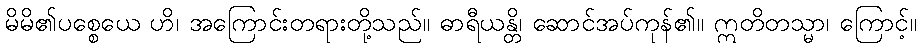
မိမိ၏ပစ္စေယေ ဟိ၊ အကြောင်းတရားတို့သည်။ ဓာရီယန္တိ၊ ဆောင်အပ်ကုန်၏။ ဣတိတသ္မာ၊ ကြောင့်။